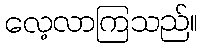
လေ့လာကြသည်။